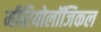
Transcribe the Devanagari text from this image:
मीरियोलॉजिकल